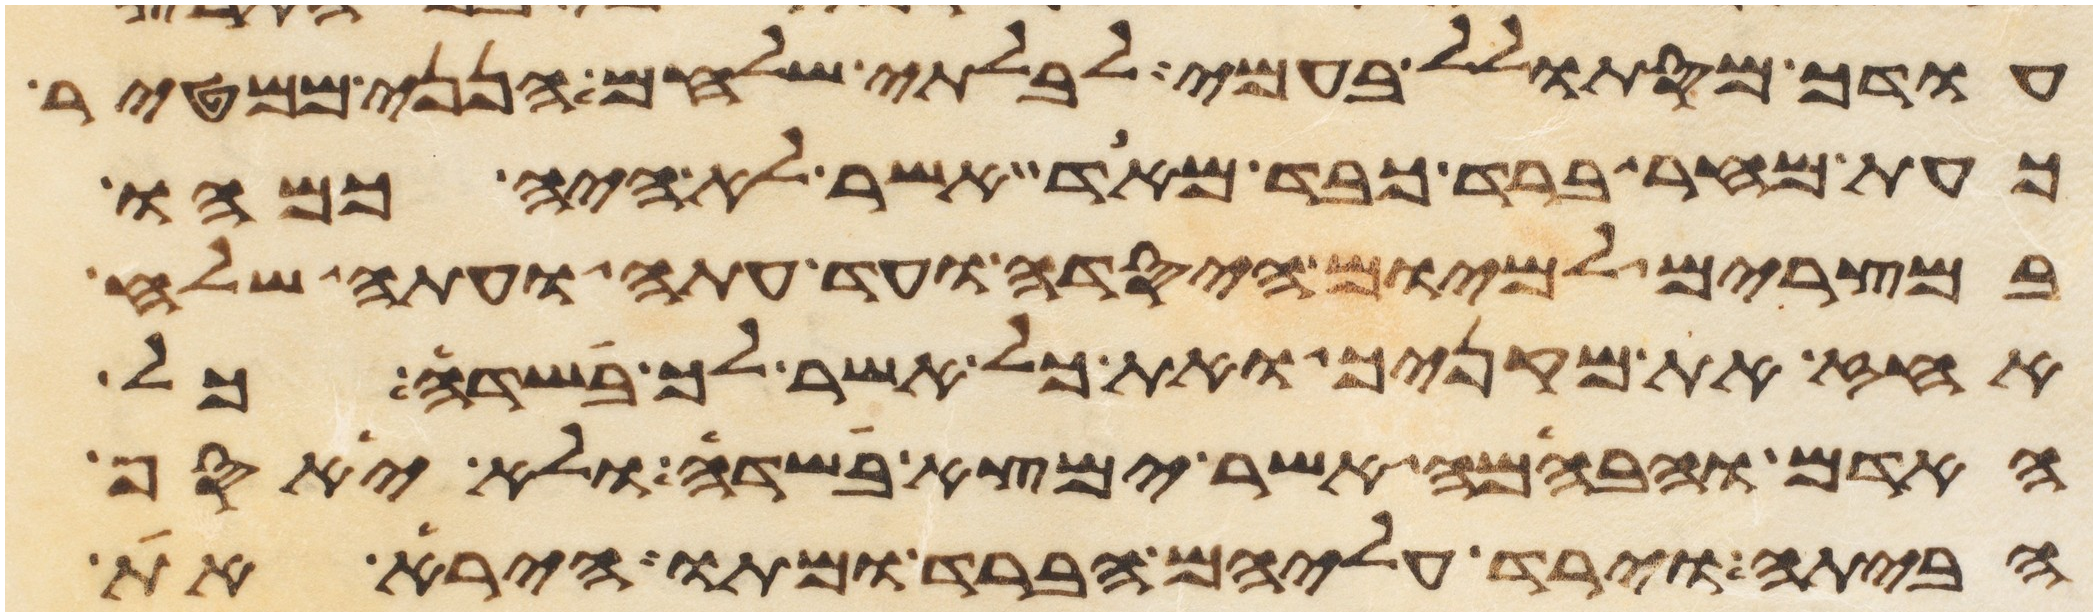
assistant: עודך מסתולל בעמי לבלתי שלחם הנני ממטיר
כעת מחר ברד כבד מאד אשר לא היה כמהו
במצרים למיום היסדה ועד עתה ועתה שלח
העז את מקניך ואת כל אשר לך בשדה כל
האדם והבהמה אשר ימצא בשדה ולא יאסף
הביתה וירד עליהם הברד ומתו הירא את